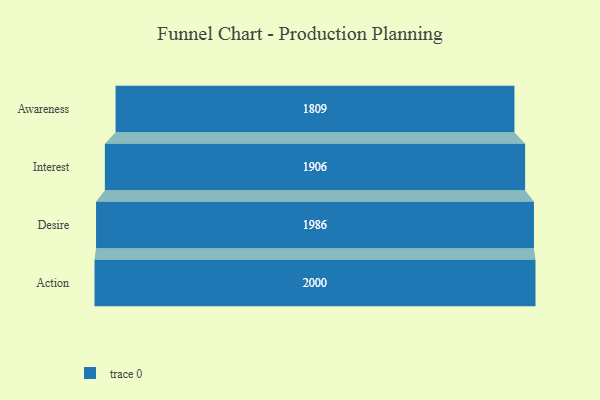
{"axis": {"x": "Stage", "y": "Value"}, "legend": [""], "data": [{"x": "Awareness", "y": 1809.0, "type": ""}, {"x": "Interest", "y": 1906.0, "type": ""}, {"x": "Desire", "y": 1986.0, "type": ""}, {"x": "Action", "y": 2000, "type": ""}]}